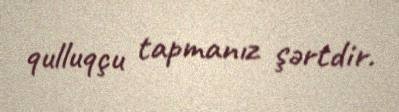
qulluqçu tapmanız şərtdir.